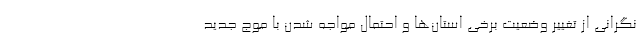
نگرانی از تغییر وضعیت برخی استان‌ها و احتمال مواجه شدن با موج جدید